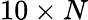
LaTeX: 10\times N